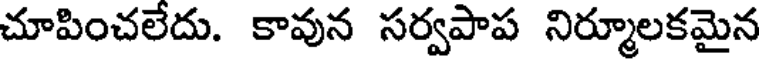
చూపించలేదు. కావున సర్వపాప నిర్మూలకమైన